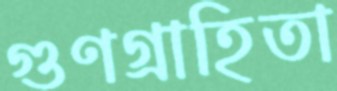
গুণগ্রাহিতা